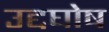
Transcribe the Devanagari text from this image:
उद्दघोष